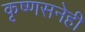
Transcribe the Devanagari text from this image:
कृष्णसनेही